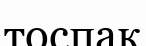
тоспақ